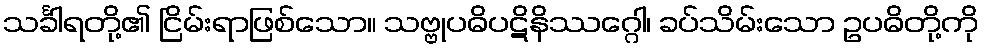
သင်္ခါရတို့၏ ငြိမ်းရာဖြစ်သော။ သဗ္ဗုပဓိပဋိနိဿဂ္ဂေါ၊ ခပ်သိမ်းသော ဥပဓိတို့ကို